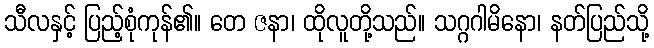
သီလနှင့် ပြည့်စုံကုန်၏။ တေ ဇနာ၊ ထိုလူတို့သည်။ သဂ္ဂဂါမိနော၊ နတ်ပြည်သို့